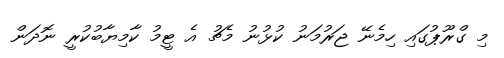
މި ގްރޫޕުގައި ހިމެނޭ ޖަރުމަނު ކުޅުނު މެޗު އެ ޓީމު ކާމިޔާބުކުރީ ނޮދަން